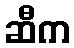
ဆီက